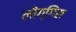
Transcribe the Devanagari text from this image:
लौग्गिंस